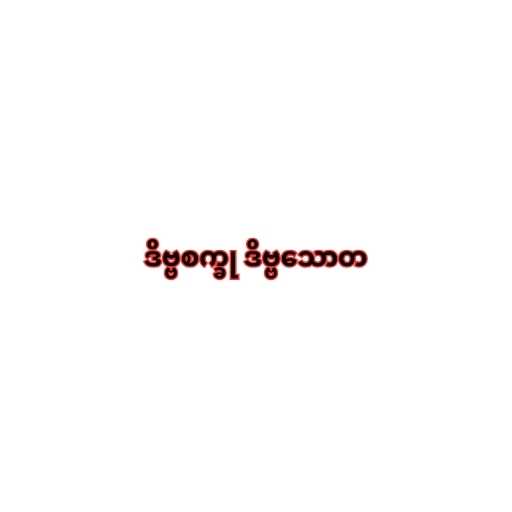
ဒိဗ္ဗစက္ခု ဒိဗ္ဗသောတ